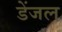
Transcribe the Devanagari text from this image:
डेंजल